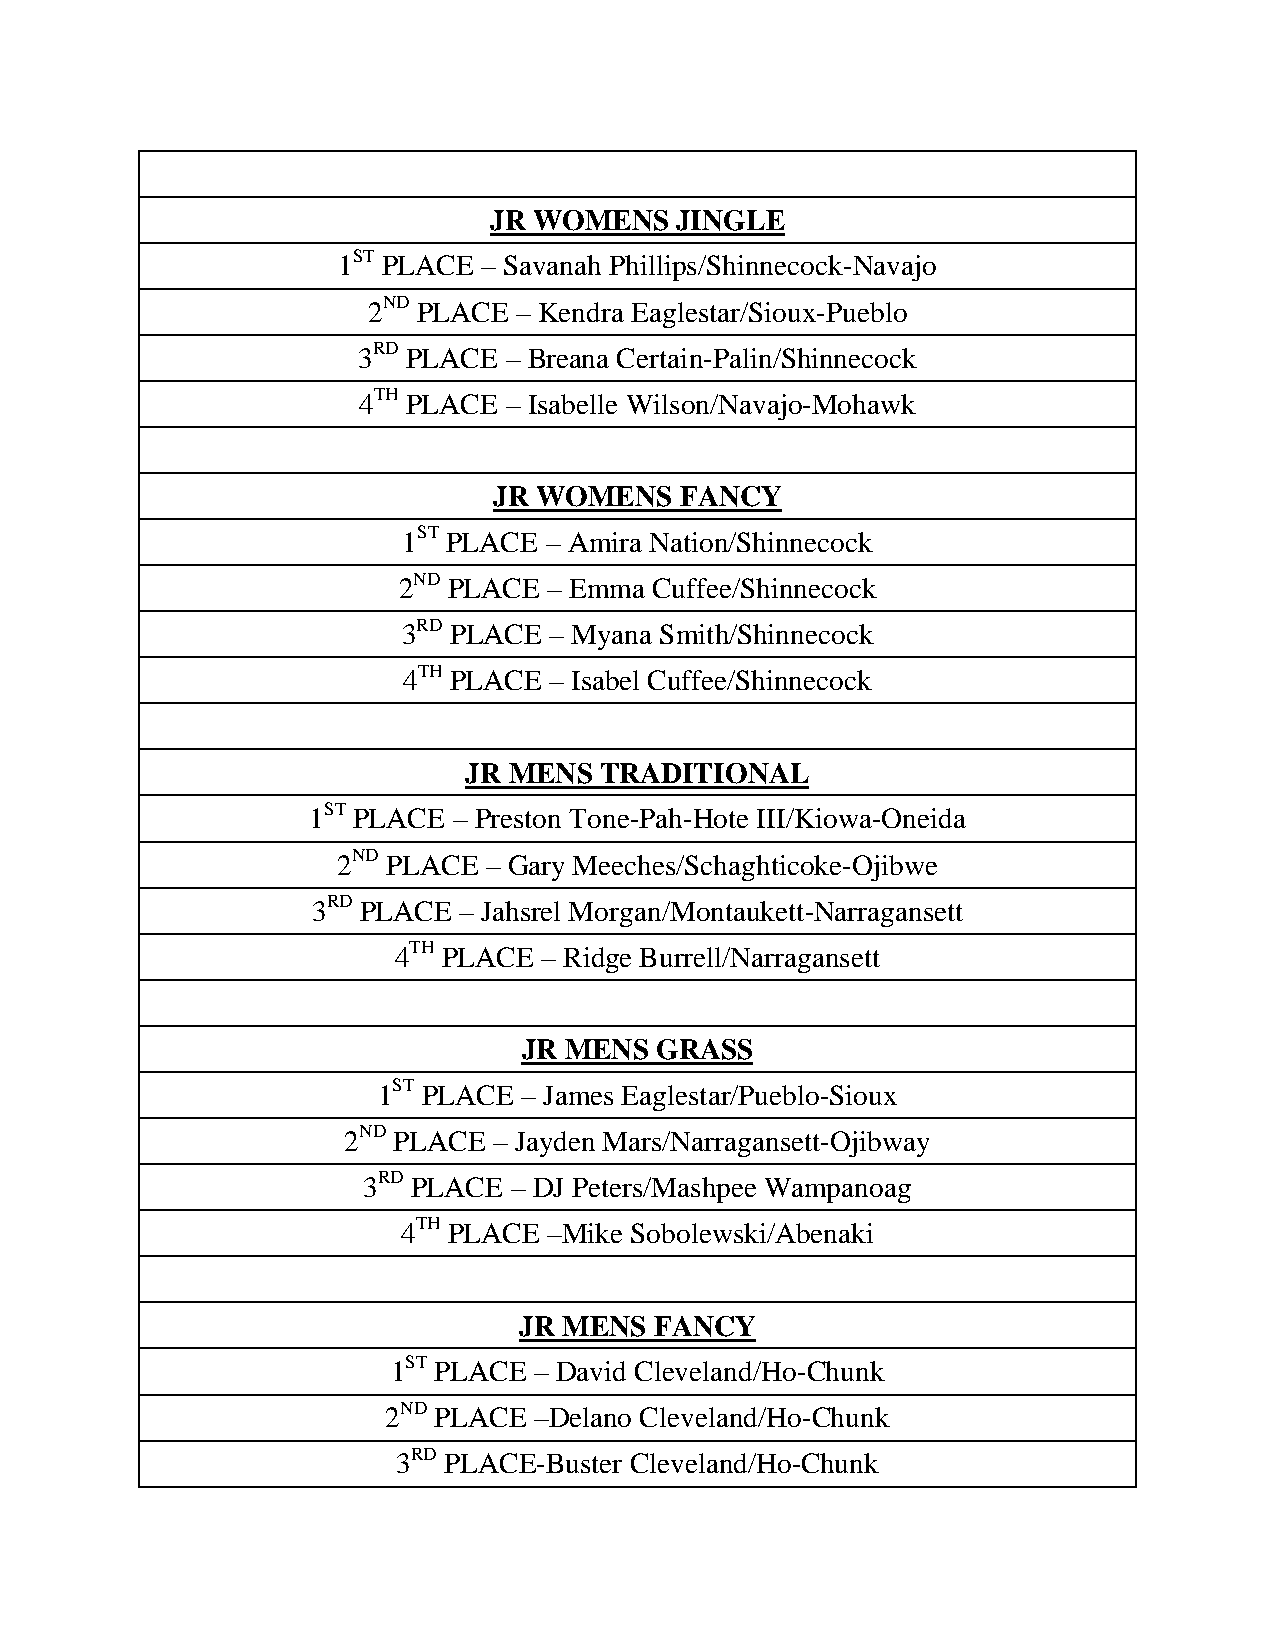
JR WOMENS    JINGLE
 1ST PLACE – Savanah Phillips/Shinnecock-Navajo
 2ND PLACE – Kendra Eaglestar/Sioux-Pueblo
 3RD PLACE – Breana Certain-Palin/Shinnecock
 4TH PLACE – Isabelle Wilson/Navajo-Mohawk
 JR WOMENS   FANCY
 1ST PLACE – Amira Nation/Shinnecock
 2ND PLACE – Emma Cuffee/Shinnecock
 3RD PLACE – Myana Smith/Shinnecock
 4TH PLACE – Isabel Cuffee/Shinnecock
 JR MENS  TRADITIONAL
 1ST PLACE – Preston Tone-Pah-Hote III/Kiowa-Oneida
 2ND PLACE – Gary Meeches/Schaghticoke-Ojibwe
 3RD PLACE – Jahsrel Morgan/Montaukett-Narragansett
 4TH PLACE – Ridge Burrell/Narragansett
 JR MENS GRASS
 1ST PLACE – James Eaglestar/Pueblo-Sioux
 2ND PLACE – Jayden Mars/Narragansett-Ojibway
 3RD PLACE – DJ Peters/Mashpee Wampanoag
 4TH PLACE –Mike Sobolewski/Abenaki
 JR MENS  FANCY
 1ST PLACE – David Cleveland/Ho-Chunk
 2ND PLACE –Delano Cleveland/Ho-Chunk
 3RD PLACE-Buster Cleveland/Ho-Chunk